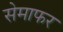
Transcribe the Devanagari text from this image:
सेमाफर